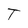
Character: T